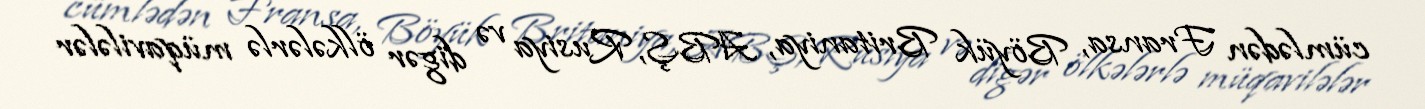
cümlədən Fransa, Böyük Britaniya, ABŞ, Rusiya və digər ölkələrlə müqavilələr